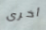
أخرى